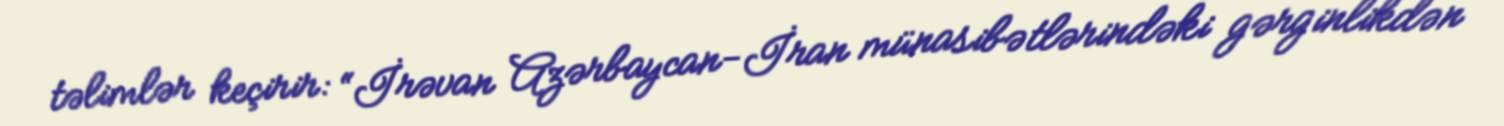
təlimlər keçirir: “İrəvan Azərbaycan-İran münasibətlərindəki gərginlikdən